Calcutta medical institutions reports 1879-81 [i.e.91]
Year: 1879
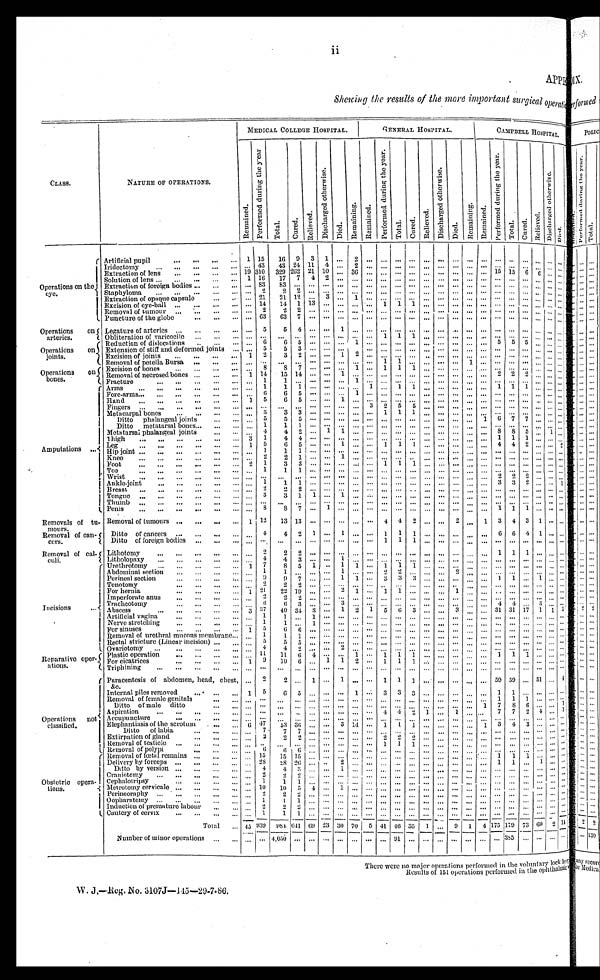
Showing the results of the more important surgical operation
CLASS.
N A T U R E O F O P E R A T I O N S .
MEDICAL COLLEGE HOSPITAL. GENERAL HOSPITAL. CAMPBELL HOSPITAL.
Remai ned.P e r f o r me d d u r i n g t h e y e a r .
Total.
Cured.
Rel i eved.
D i s c h a r g e d o t h e r w i s e .
Died.
Remai ni ng.
Remai ned.
P e r f o r m e d d u r i n g t h e y e a r .
Total.
Cured.
Rel i eved.
Di s c h a r g e d o t h e r wi s e .
Died.
Remai ni ng.
Remai ned.
P e r f o r m e d d u r i n g t h e y e a r .
Total.
Cured.
Re l i e v e d .
D i s c h a r g e d o t h e r w i s e .
Died.
Operations on the eye.
A r t i f i c i a l p u p i l
1
1 5
1 6 9 3
1 . . . 2
. . .
. . . . . . . . . . . . . . . . . . . . . . . . . . . . . . . . . . . . . . . . . .
Iridectomy
. . . 4 3
4 3 2 4 1 1 4 . . . 2
. . . . . . . . . . . . . . . . . . . . . . . . . . . . . . . . . . . . . . . . . . . . .
Extraction of lens
1 9 3 1 0
3 2 9 2 6 2 2 1 1 0 . . . 3 6 . . . . . . . . . . . . . . . . . . . . . . . . . . . 1 5 1 5 6 6 . . . . . .
Solution of lens
1
1 6
1 7 7 4
2 . . . . . . . . . . . . . . . . . . . . . . . . . . . . . . . . . . . . . . . . . . . . . . . . . . .
Extraction of foreign bodies . . . 8 3
8 3 . . . . . . . . . . . . . . . . . . . . . . . . . . . . . . . . . . . . . . . . . . . . . . . . . . . . . . . . . . . .
Staphyloma
. . . 2
2
2 . . . . . . . . . . . . . . . . . . . . . . . . . . . . . . . . . . . . . . . . . . . . . . . . . . . . . . . . .
Extraction of opaque capsule . . . 2 1
2 1 1 2 . . . 3 . . . 1
. . . . . . . . . . . . . . . . . . . . . . . . . . . . . . . . . . . . . . . . . . . . .
Excision of eye-ball
. . . 1 4
1 4 1 1 3 . . . . . . . . . . . . 1 1 1 . . . . . . . . . . . . . . . . . . . . . . . . . . . . . . . . .
Removal of tumour
. . . 2
2
2 . . . . . . . . . . . . . . . . . . . . . . . . . . . . . . . . . . . . . . . . . . . . . . . . . . . . . . . . .
Puncture of the globe
. . . 6 3
6 3 7 . . . . . . . . . . . . . . . . . . . . . . . . . . . . . . . . . . . . . . . . . . . . . . . . . . . . . . . . .
Operations on arteries. Legature of arteries
. . . 5
5
4 . . . . . . 1 . . . . . . . . . . . . . . . . . . . . . . . . . . . . . . . . . . . . . . . . . . . . . . . .
Obliteration of varicocile
. . . . . .
. . . . . . . . . . . . . . . . . . . . . 1 1 1 . . . . . . . . . . . . . . . . . . . . . . . . . . . . . . . . .
Operations on joints.
Reduction of dislocations
. . . 6
6
5 . . . . . . . . . 1
. . . . . . . . . . . . . . . . . . . . . . . . . . . 5 5 5 . . . . . . . . .
Extension of stiff and deformed joints
. . . 5
5
3 . . . . . . . . . . . . . . . . . . . . . . . . . . . . . . . . . . . . . . . . . . . . . . . . . . . . . . . . .
Excision of joints
1
2
3
2 . . . . . . 1 2
. . . . . . . . . . . . . . . . . . . . . . . . . . . . . . . . . . . . . . . . . . . . .
Removal of petella Bursa
. . . . . .
. . . . . . . . . . . . . . . . . . . . . 1 1 . . . . . . . . . . . . 1
. . . . . . . . . . . . . . . . . . . . .
Operations on bones. Excision of bones
. . . 8
8
7 . . . . . . . . . 1
. . . 1 1 1 . . . . . . . . . . . . . . . . . . . . . . . . . . . . . . . . . .
Removal of necrosed bones 1
1 4
1 5 1 4 . . . . . . 1 . . . . . . . . . . . . . . . . . . . . . . . . . . . . . . 2 2 2 . . . . . . . . .
Fracture
. . . 1
1
. . . . . . . . . 1 . . . . . . . . . . . . . . . . . . . . . . . . . . . . . . . . . . . . . . . . . . . . . . . .
Amputations
Arms
. . . 1
1
1 . . . . . . . . . . . . 1 . . . 1 1 . . . . . . . . . . . . . . . 1 1 1 . . . . . . . . .
Fore-arms
. . . 6
6
5 . . . . . . . . . 1
. . . . . . . . . . . . . . . . . . . . . . . . . . . . . . . . . . . . . . . . . . . . .
Hand
1
5
6
5 . . . . . . 1 . . . . . . . . . . . . . . . . . . . . . . . . . . . . . . . . . . . . . . . . . . . . . . . .
Fingers
. . . . . .
. . . . . . . . . . . . . . . . . . 3 2 5 5 . . . . . . . . . . . . . . . . . . . . . . . . . . . . . . . . .
Metacarpal bones
. . . 3
3
3 . . . . . . . . . . . . . . . 1 1 1 . . . . . . . . . . . . . . . . . . . . . . . . . . . . . . . . .
Ditto phalangeal joints
. . . 5
5
5 . . . . . . . . . . . . . . . . . . . . . . . . . . . . . . . . . . . . 1 6 7 7 . . . . . . . . .
Ditto metatarsal bones
. . . 1
1
1 . . . . . . . . . . . . . . . . . . . . . . . . . . . . . . . . . . . . . . . . . . . . . . . . . . . . . . . . .
Metatarsal phalangeal joints
. . . 4
4
2 . . . 1 1 . . . . . . . . . . . . . . . . . . . . . . . . . . . . . . 8 8 5 . . . 1 . . .
Thigh
3
1
4
4 . . . . . . . . . . . . . . . . . . . . . . . . . . . . . . . . . . . . . . . 1 1 1 . . . . . . . . .
Leg
1
5
6
5 . . . . . . 1 . . . . . . 1 1 1 . . . . . . . . . . . . . . . 4 4 2 . . . . . . 2
Hip joint
. . . 1
1
1 . . . . . . . . . . . . . . . . . . . . . . . . . . . . . . . . . . . . . . . . . . . . . . . . . . . . . . . . .
Knee
. . . 2
2
1 . . . . . . 1 . . . . . . . . . . . . . . . . . . . . . . . . . . . . . . . . . . . . . . . . . . . . . . . .
Foot
2
1
3
3 . . . . . . . . . . . . . . . 1 1 1 . . . . . . . . . . . . . . . . . . . . . . . . . . . . . . . . .
Toe
. . . 1
1
1 . . . . . . . . . . . . . . . . . . . . . . . . . . . . . . . . . . . . . . . . . . . . . . . . . . . . . . . . .
Wrist
. . . . . .
. . . . . . . . . . . . . . . . . . . . . . . . . . . . . . . . . . . . . . . . . . . . . 2 2 2 . . . . . . . . .
Ankel-joint
. . . 1
1
1 . . . . . . . . . . . . . . . . . . . . . . . . . . . . . . . . . . . . . . . 3 3 2 . . . . . . 1
Breast
. . . 2
2
2 . . . . . . . . . . . . . . . . . . . . . . . . . . . . . . . . . . . . . . . . . . . . . . . . . . . . . . . . .
Tongue
. . . 3
3
1 1
. . . 1 . . . . . . . . . . . . . . . . . . . . . . . . . . . . . . . . . . . . . . . . . . . . . . . .
Thumb
. . . . . .
. . . . . . . . . . . . . . . . . . . . . . . . . . . . . . . . . . . . . . . . . . . . . . . . . . . . . . . . . . . . . . .
Penis
. . . 8
8
7 . . . 1 . . . . . . . . . . . . . . . . . . . . . . . . . . . . . . . . . 1 1 1 . . . . . . . . .
R e m o v a l o f t a - m o u r s .
Removal of tamours
1
1 2
1 3 1 3 . . . . . . . . . . . . . . . 4 4 2 . . . . . . 2 . . . 1 3 4 3 1 . . . . . .
Removal of can-cers.
Ditto of cancers
. . . 4
4
2 1
. . . 1 . . . . . . 1 1 1 . . . . . . . . . . . . . . . 6 6 4 1 . . . . . .
Ditto of foreign bodies
. . . . . .
. . . . . . . . . . . . . . . . . . . . . 1 1 1 . . . . . . . . . . . . . . . . . . . . . . . . . . . . . . . . .
Removal of cal-culi.
Lithotomy
. . . 2
2
2 . . . . . . . . . . . . . . . . . . . . . . . . . . . . . . . . . . . . . . . 1 1 1 . . . . . . . . .
Litholopaxy
. . . 4
4
3 . . . . . . 1 . . . . . . . . . . . . . . . . . . . . . . . . . . . . . . . . . . . . . . . . . . . . . . . .
I n c i s i o n s
Urethrotomy
1
7
8
5 1
. . . 1 1
. . . 1 1 1 . . . . . . . . . . . . . . . . . . . . . . . . . . . . . . . . .
Abdominal section
. . . 1
1
. . . . . . . . . 1 . . . . . . 2 2 . . . . . . . . . 2 . . . . . . . . . . . . . . . . . . . . . . . .
Perineal section
. . . 9
9
7 . . . . . . 1 1
. . . 3 3 3 . . . . . . . . . . . . . . . 1 1 . . . 1 . . . . . .
Tenotomy
. . . 2
2
2 . . . . . . . . . . . . . . . . . . . . . . . . . . . . . . . . . . . . . . . . . . . . . . . . . . . . . . . . .
For hernia
1
2 1
2 2 1 9 . . . . . . 2 1
. . . 1 1 . . . . . . . . . 1 . . . . . . . . . . . . . . . . . . . . . . . .
Imperforate anus
. . . 2
2
2 . . . . . . . . . . . . . . . . . . . . . . . . . . . . . . . . . . . . . . . . . . . . . . . . . . . . . . . . .
Tracheotomy
. . . 6
6
3 . . . . . . 3 . . . . . . . . . . . . . . . . . . . . . . . . . . . . . . 4 4 . . . 3 . . . . . .
Abscess
3
3 7
4 0 3 4 3
. . . 1 2
1 5 6 3 . . . . . . 3 . . . . . . 3 1 3 1 1 7 1 1 5
Artificial vagina
. . . 1
1
. . . 1
. . . . . . . . . . . . . . . . . . . . . . . . . . . . . . . . . . . . . . . . . . . . . . . . . . . . . .
Nerve stretching
. . . 1
1
. . . 1
. . . . . . . . . . . . . . . . . . . . . . . . . . . . . . . . . . . . . . . . . . . . . . . . . . . . . .
For sinuses
1
5
6
6 . . . . . . . . . . . . . . . . . . . . . . . . . . . . . . . . . . . . . . . . . . . . . . . . . . . . . . . . .
Removal of urethral mucous membrane . . . 1
1
1 . . . . . . . . . . . . . . . . . . . . . . . . . . . . . . . . . . . . . . . . . . . . . . . . . . . . . . . . .
Rectal stricture (Linear incision)
. . . 5
5
5 . . . . . . . . . . . . . . . . . . . . . . . . . . . . . . . . . . . . . . . . . . . . . . . . . . . . . . . . .
Ovariotomy
. . . 4
4
2 . . . . . . 2 . . . . . . . . . . . . . . . . . . . . . . . . . . . . . . . . . . . . . . . . . . . . . . . .
Reparative operations. Plastic operation
. . . 1 1
1 1 6 4
. . . . . . 1
. . . 1 1 1 . . . . . . . . . . . . . . . 1 1 1 . . . . . . . . .
For cicatrices
1
9
1 0 6 . . . 1 1 2
. . . 1 1 1 . . . . . . . . . . . . . . . . . . . . . . . . . . . . . . . . .
Triphining
. . . . . .
. . . . . . . . . . . . . . . . . . . . . . . . . . . . . . . . . . . . . . . . . . . . . . . . . . . . . . . . . . . . . . .
O p e r a t i o n s n o t c l a s s i f i e d .
P a r a c e n t e s i s o f a b d o m e n , h e a d , c h e s t , & c .
. . . 2
2
. . . 1
. . . 1 . . . . . . 1 1 1 . . . . . . . . . . . . . . . 5 9 5 9 . . . 5 1 . . . 4
Internal piles removed
1
5
6
5 . . . . . . . . . 1
. . . 3 3 3 . . . . . . . . . . . . . . . 1 1 . . . . . . . . . . . .
Removal of female genitals . . . . . .
. . . . . . . . . . . . . . . . . . . . . . . . . . . . . . . . . . . . . . . . . . . . . 1 1
1 . . . . . . . . .
Ditto of male ditto
. . . . . .
. . . . . . . . . . . . . . . . . . . . . . . . . . . . . . . . . . . . . . . . . . 1 7 8 6 . . . . . . 1
Aspiration
. . . . . .
. . . . . . . . . . . . . . . . . . . . . 4 4 2 1
. . . 1 . . . . . . 7 7 2 4 . . . 1
Accupuncture
. . . . . .
. . . . . . . . . . . . . . . . . . . . . . . . . . . . . . . . . . . . . . . . . . . . . . . . . . . . . . . . . . . . . . .
Elephantiasis of the scrotum 6
4 7
5 3 3 6 . . . . . . 3 1 4 . . . 1 1 1 . . . . . . . . . . . . 1 3 4 3 . . . . . . . . .
Ditto of labia
. . . 7
7
7 . . . . . . . . . . . . . . . . . . . . . . . . . . . . . . . . . . . . . . . . . . . . . . . . . . . . . . . . .
Extirpation of gland
. . . 2
2
2 . . . . . . . . . . . . . . . 2 2 2 . . . . . . . . . . . . . . . . . . . . . . . . . . . . . . . . .
Removal of testicle
. . . . . .
. . . . . . . . . . . . . . . . . . . . . 1 1 1 . . . . . . . . . . . . . . . . . . . . . . . . . . . . . . . . .
Removal of polypi
. . . 6
6
6 . . . . . . . . . . . . . . . . . . . . . . . . . . . . . . . . . . . . . . . . . . . . . . . . . . . . . . . . .
Obstetric operations.
Removal of foctal remains
. . . 1 5
1 5 1 5 . . . . . . . . . . . . . . . . . . . . . . . . . . . . . . . . . . . . . . . 1 1 1 . . . . . . . . .
Delivery by forceps
. . . 2 8
2 8 2 6 . . . . . . 2 . . . . . . . . . . . . . . . . . . . . . . . . . . . . . . 1 1 . . . 1 . . . . . .
Ditto by version
. . . 4
4
3 . . . . . . 1 . . . . . . . . . . . . . . . . . . . . . . . . . . . . . . . . . . . . . . . . . . . . . . . .
Craniotomy
. . . 2
2
2 . . . . . . . . . . . . . . . . . . . . . . . . . . . . . . . . . . . . . . . . . . . . . . . . . . . . . . . . .
Cephalotripsy
. . . 1
1
1 . . . . . . . . . . . . . . . . . . . . . . . . . . . . . . . . . . . . . . . . . . . . . . . . . . . . . . . . .
Metrotomy cervicale
. . . 1 0
1 0 5 4
. . . 1 . . . . . . . . . . . . . . . . . . . . . . . . . . . . . . . . . . . . . . . . . . . . . . . .
Perineoraphy
. . . 2
2
2 . . . . . . . . . . . . . . . . . . . . . . . . . . . . . . . . . . . . . . . . . . . . . . . . . . . . . . . . .
Oopharatomy
. . . 1
1
1 . . . . . . . . . . . . . . . . . . . . . . . . . . . . . . . . . . . . . . . . . . . . . . . . . . . . . . . . .
Induction of premature labour . . . 2
2
2 . . . . . . . . . . . . . . . . . . . . . . . . . . . . . . . . . . . . . . . . . . . . . . . . . . . . . . . . .
Cautery of cervix
. . .
1
1
1 . . . . . . . . . . . . . . . . . . . . . . . . . . . . . . . . . . . . . . . . . . . . . . . . . . . . . . . . .
T o t a l 4 5 9 3 9
9 8 4 6 4 1 6 9 2 3 3 0 7 0 5 4 1 4 6 3 5 1
. . . 9 1
4 1 7 5 1 7 9 7 3 6 9 2 1 4
N u m b e r o f m i n o r o p e r a t i o n s . . . . . .
4 , 0 5 0 . . . . . . . . . . . . . . . . . . . . . 9 1 . . . . . . . . . . . . . . . . . . . . . 3 8 5 . . . . . . . . . . . .
There were no major operations performed in the voluntary lock
W. J.—Reg. No. 3107J—145—29-7-86.